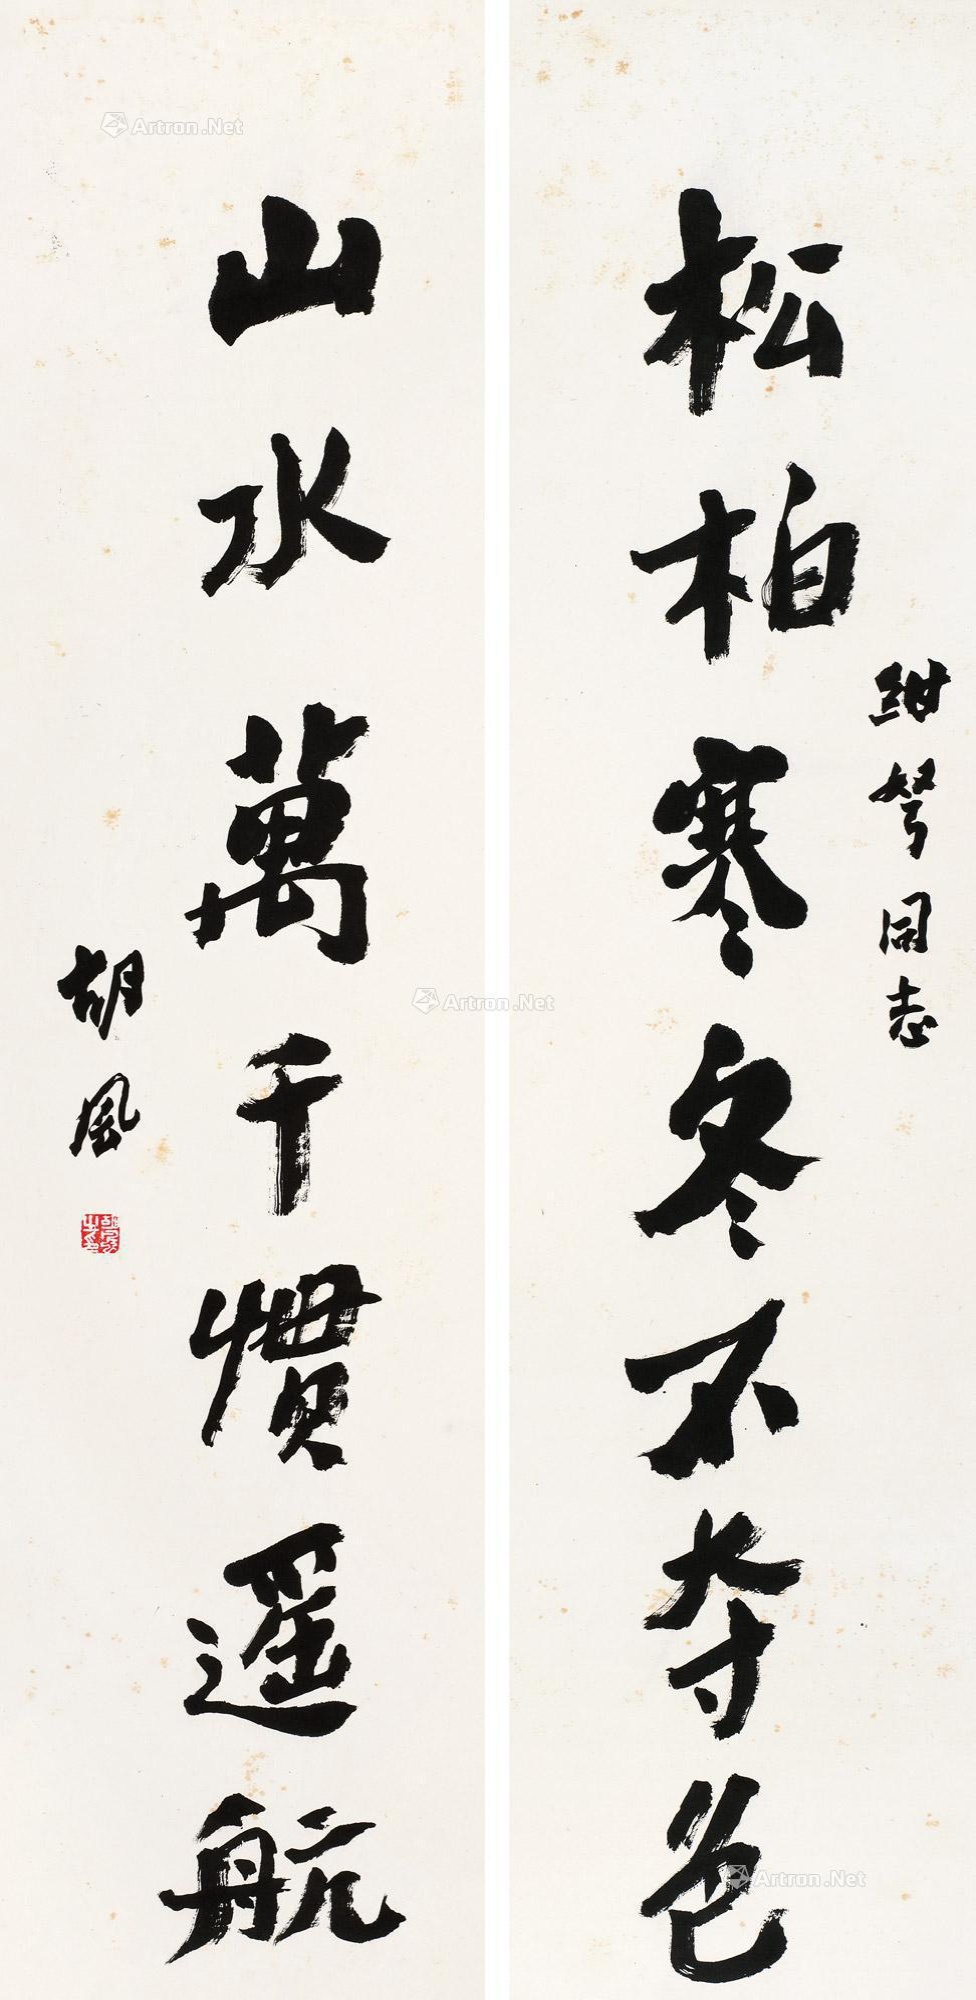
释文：松柏寒冬不夺色，山水万千惯遥航。绀弩同志，胡风。